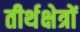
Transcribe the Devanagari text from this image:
तीर्थक्षेत्रों